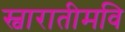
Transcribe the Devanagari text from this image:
स्वारातीमवि